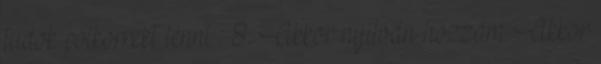
tudok polkorrekt lenni : 8. Akkor nyilván hozzám Akkor